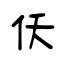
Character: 仸